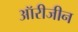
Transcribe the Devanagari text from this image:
ऑरीजीन